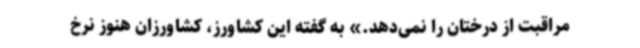
مراقبت از درختان را نمی‌دهد.» به گفته این کشاورز، کشاورزان هنوز نرخ